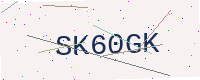
Text: SK60GK